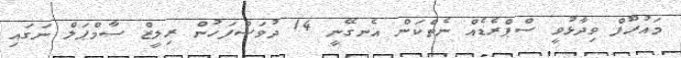
މައުރޫފް ވިދާޅުވީ ސްޕްރެޑެއް ނެތްކަން އެނގޭނީ 14 ދުވަސްފަހުން ރިލީޒް ސާމްޕަލް ނަގައި